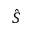
\hat { S }